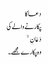
دعا کا
پکارنے والے کی
دَعَانِ ۙ
وہ پکارے مجھے۔